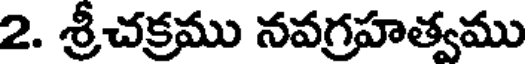
2. శ్రీచక్రము నవగ్రహత్వము